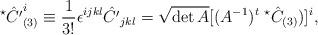
LaTeX: \begin{align*}^\star\hat{C'}_{(3)}^i \equiv\frac{1}{3!}\epsilon^{ijkl} \hat{C'}_{jkl}=\sqrt{\det A}[(A^{-1})^{t}\;^{\star}\hat{C}_{(3)})]^{i},\end{align*}